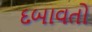
દબાવતો